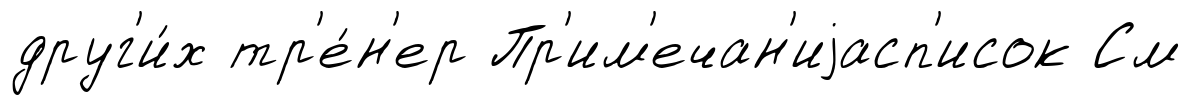
друг'и́х тр'е́н'ер Пр'им'ечан'иjасп'исок См